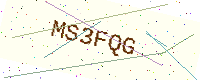
Text: MS3FQG